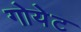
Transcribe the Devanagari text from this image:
गोयेट